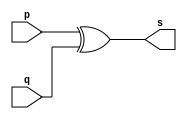
// --------------------- 
// Exemplo0005 - xor 
// Nome: Fabio Fiuza Pereira 
// --------------------- 
// --------------------- 
// -- xor gate 
// --------------------- 
module xorgate (output [0:3] s, 
input [0:3] p, 
input [0:3] q); 
assign s = p ^ q; 
endmodule // xor 
// --------------------- 
// -- test xorgate 
// --------------------- 
module testxorgate; 
// ------------------------- dados locais 
reg [0:3] a,b; // definir registrador 
wire [0:3] s; // definir conexao (fio) 
// ------------------------- instancia 
xorgate XOR1 (s, a, b); 
// ------------------------- preparacao 
initial begin:start 
a=4'b0011; // 4 valores binarios 
b=4'b0101; // 4 valores binarios 
end 
// ------------------------- parte principal 
initial begin:main 
$display("Exemplo0005 - Fabio Fiuza Pereira - 406087"); 
$display("Test xor gate"); 
$display("\n a ^ b = s\n"); 
$monitor("%b ^ %b = %b", a, b, s); 
#1 a=0; b=0; // valores decimais 
#1 a=4'b0010; b=4'b0001; // valores binarios 
#1 a=4'd1; b=3; // decimal e decimal 
#1 a=4'o5; b=2; // octal e decimal 
#1 a=4'hA; b=3; // hexadecimal e decimal 
#1 a=4'h9; b=4'o3; // hexadecimal e octal 
end 
endmodule // testxorgate